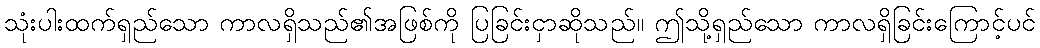
သုံးပါးထက်ရှည်သော ကာလရှိသည်၏အဖြစ်ကို ပြခြင်းငှာဆိုသည်။ ဤသို့ရှည်သော ကာလရှိခြင်းကြောင့်ပင်